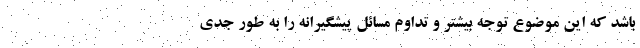
باشد که این موضوع توجه بیشتر و تداوم مسائل پیشگیرانه را به طور جدی